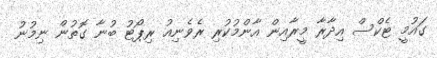
ގައުމީ ޓެކްސް އިދާރާ މީރާއިން އާންމުކުރި ރެވެނިއު ރިޕޯޓު ބުނާ ގޮތުން ނިމުނު